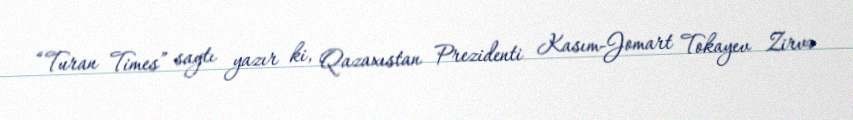
“Turan Times” saytı yazır ki, Qazaxıstan Prezidenti Kasım-Jomart Tokayev Zirvə